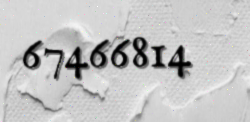
67466814